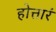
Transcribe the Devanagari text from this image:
होत्तारं